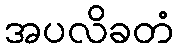
အပလိခတံ